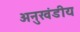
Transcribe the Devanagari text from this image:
अनुखंडीय